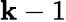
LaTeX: \mathbf{k}-1